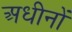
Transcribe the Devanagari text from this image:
अधीनों